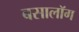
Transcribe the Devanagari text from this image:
बसालॉग